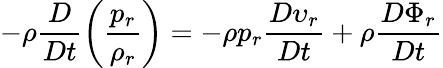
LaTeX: -\rho\frac{D}{Dt}\left(\frac{p_{r}}{\rho_{r}}\right)=-\rho p_{r}\frac{D\upsilon_{r}}{Dt}+\rho\frac{D\Phi_{r}}{Dt}